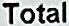
TOTAL